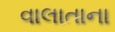
વાલાતાના